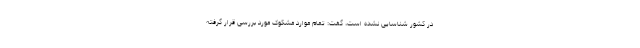
در کشور شناسایی نشده است، گفت: تمام موارد مشکوک مورد بررسی قرار گرفته